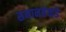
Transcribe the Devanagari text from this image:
समानतेकडे